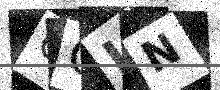
Text: OOLN